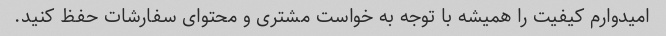
امیدوارم کیفیت را همیشه با توجه به خواست مشتری و محتوای سفارشات حفظ کنید.